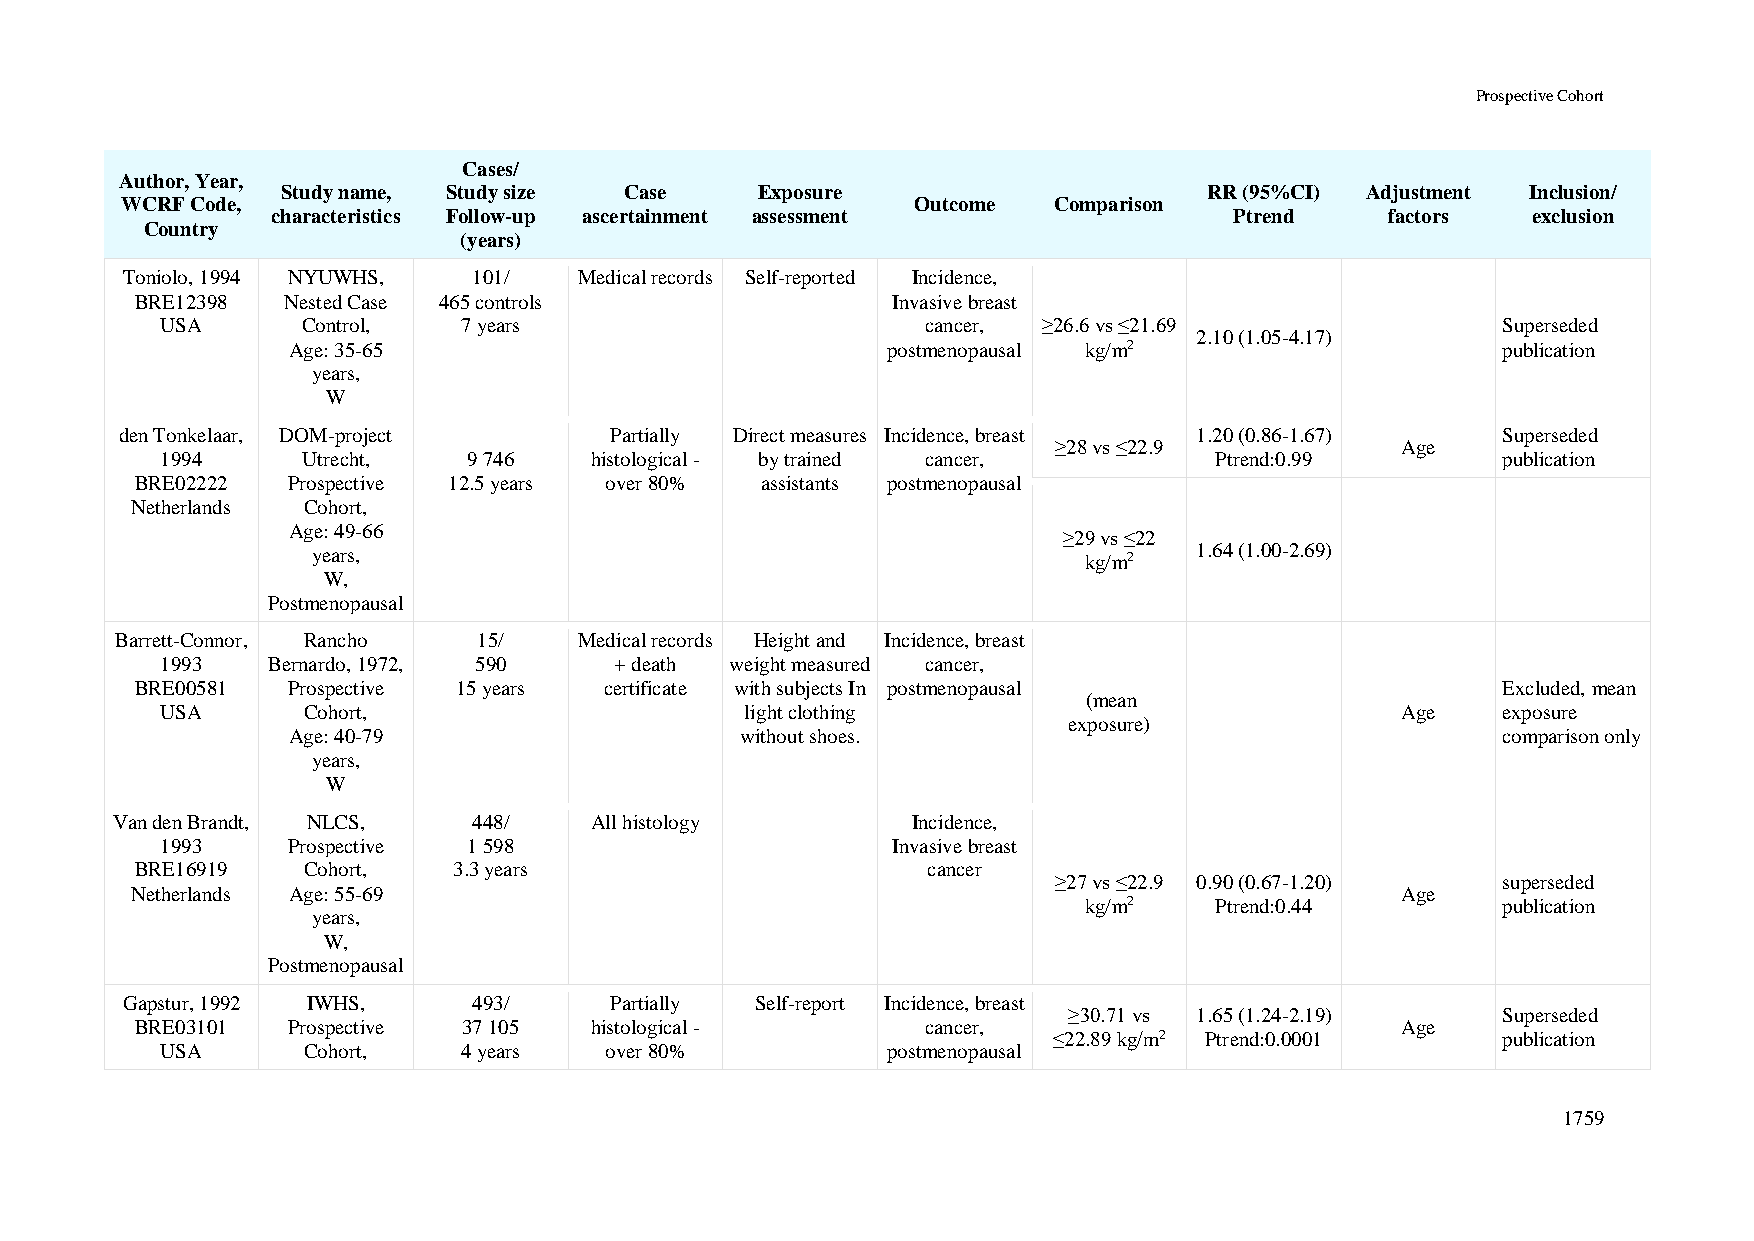
Prospective Cohort
 Cases/
 Author, Year,
 Study name, Study size Case    Exposure                      RR (95%CI) Adjustment Inclusion/
 WCRF Code,                                           Outcome  Comparison
 characteristics Follow-up ascertainment assessment              Ptrend    factors  exclusion
 Country
 (years)
 Toniolo, 1994 NYUWHS,  101/   Medical records Self-reported Incidence,
 BRE12398  Nested Case 465 controls                Invasive breast
 USA      Control,   7 years                       cancer, ≥26.6 vs ≤21.69               Superseded
 2.10 (1.05-4.17)
 Age: 35-65                              postmenopausal kg/m2                    publication
 years,
 W
 den Tonkelaar, DOM-project      Partially Direct measures Incidence, breast 1.20 (0.86-1.67) Superseded
 ≥28 vs ≤22.9           Age
 1994     Utrecht,   9 746   histological - by trained cancer,        Ptrend:0.99        publication
 BRE02222  Prospective 12.5 years over 80% assistants postmenopausal
 Netherlands Cohort,
 Age: 49-66
 ≥29 vs ≤22
 years,                                             kg/m2  1.64 (1.00-2.69)
 W,
 Postmenopausal
 Barrett-Connor, Rancho  15/   Medical records Height and Incidence, breast
 1993   Bernardo, 1972, 590    + death weight measured cancer,
 BRE00581  Prospective 15 years certificate with subjects In postmenopausal                Excluded, mean
 (mean
 USA      Cohort,                      light clothing                              Age   exposure
 exposure)
 Age: 40-79                    without shoes.                                    comparison only
 years,
 W
 Van den Brandt, NLCS,   448/    All histology        Incidence,
 1993    Prospective 1 598                       Invasive breast
 BRE16919   Cohort,   3.3 years                      cancer
 ≥27 vs ≤22.9 0.90 (0.67-1.20) superseded
 Netherlands Age: 55-69                                                              Age
 kg/m2   Ptrend:0.44        publication
 years,
 W,
 Postmenopausal
 Gapstur, 1992 IWHS,    493/     Partially Self-report Incidence, breast
 ≥30.71 vs 1.65 (1.24-2.19)  Superseded
 BRE03101  Prospective 37 105  histological -        cancer,                         Age
 ≤22.89 kg/m2 Ptrend:0.0001   publication
 USA      Cohort,    4 years  over 80%           postmenopausal
 1759